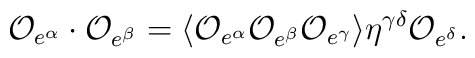
{\cal O}_{e^{\alpha}}\cdot{\cal O}_{e^{\beta}}=\langle {\cal O}_{e^{\alpha}}{\cal O}_{e^{\beta}}{\cal O}_{e^{\gamma}}\rangle\eta^{\gamma\delta}{\cal O}_{e^{\delta}}.